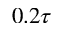
0 . 2 \tau